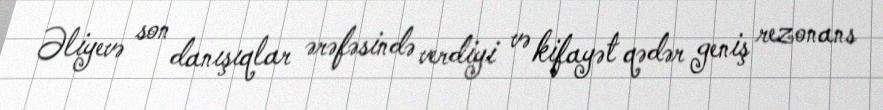
Əliyevə son danışıqlar ərəfəsində verdiyi və kifayət qədər geniş rezonans